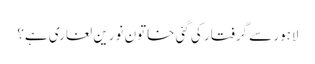
لاہور سے گرفتار کی گئی خاتون نورین لغاری ہے؟